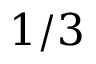
1 / 3